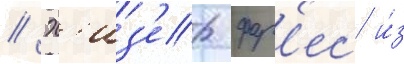
// Х'из'ер фар'ес и́з